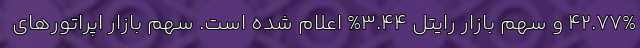
42.77% و سهم بازار رایتل 3.44% اعلام شده است. سهم بازار اپراتورهای